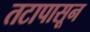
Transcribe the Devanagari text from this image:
तटापासून